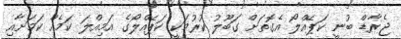
ޖެރާޑް ބުނީ ކަޕޭއްލޯ އެގޮތަށް ގަބޫލު ކުރުމަކީ ކަޕޭއްލޯގެ އަމިއްލަ ކަމެއް ކަމަށާއި